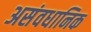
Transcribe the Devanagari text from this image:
असंवधानिक